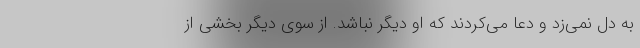
به دل نمی‌زد و دعا می‌کردند که او دیگر نباشد. از سوی دیگر بخشی از